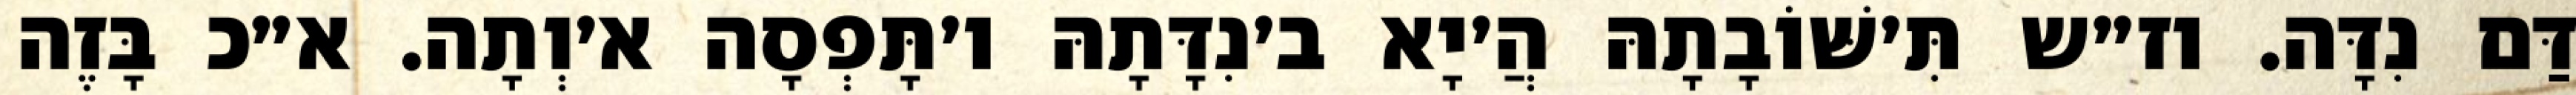
דַּם נִדָּה. וז״ש תִּ׳שּׁוֹבָתָהּ הֲ׳יָא ב׳נִדָּתָהּ ו׳תָּפְסָה א׳וְתָה. א״כ בָּזֶה